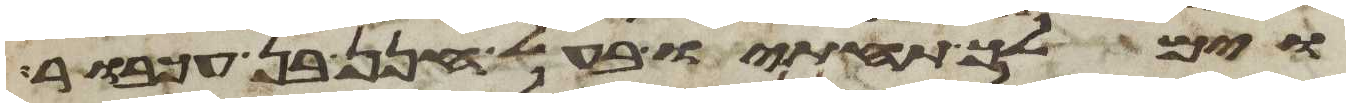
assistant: וימלך תחתיו בעל חנן בן עכבור